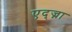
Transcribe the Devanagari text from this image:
एद्ज्ना